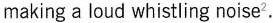
making a loud whistling noise^{2}